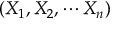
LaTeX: ( X _ { 1 } , X _ { 2 } , \cdots X _ { n } )